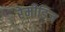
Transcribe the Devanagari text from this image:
रेमीडिज